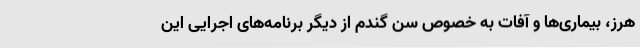
هرز، بیماری‌ها و آفات به خصوص سن گندم از دیگر برنامه‌های اجرایی این